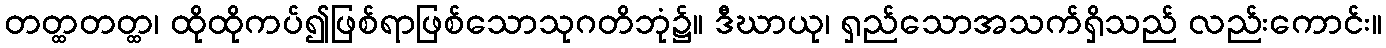
တတ္ထတတ္ထ၊ ထိုထိုကပ်၍ဖြစ်ရာဖြစ်သောသုဂတိဘုံ၌။ ဒီဃာယု၊ ရှည်သောအသက်ရှိသည် လည်းကောင်း။